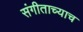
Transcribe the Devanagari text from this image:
संगीताच्याच